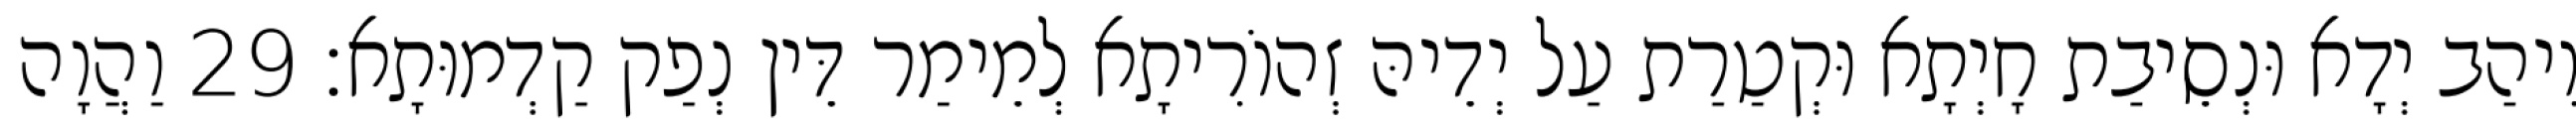
וִיהַב יְדָא וּנְסֵיבַת חָיְתָא וּקְטַרַת עַל יְדֵיהּ זְהוֹרִיתָא לְמֵימַר דֵּין נְפַק קַדְמוּתָא׃ 29 וַהֲוָה